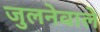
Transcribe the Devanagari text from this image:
जुलनेवाले